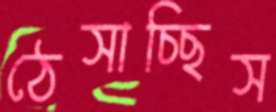
ঠেসাচ্ছিস